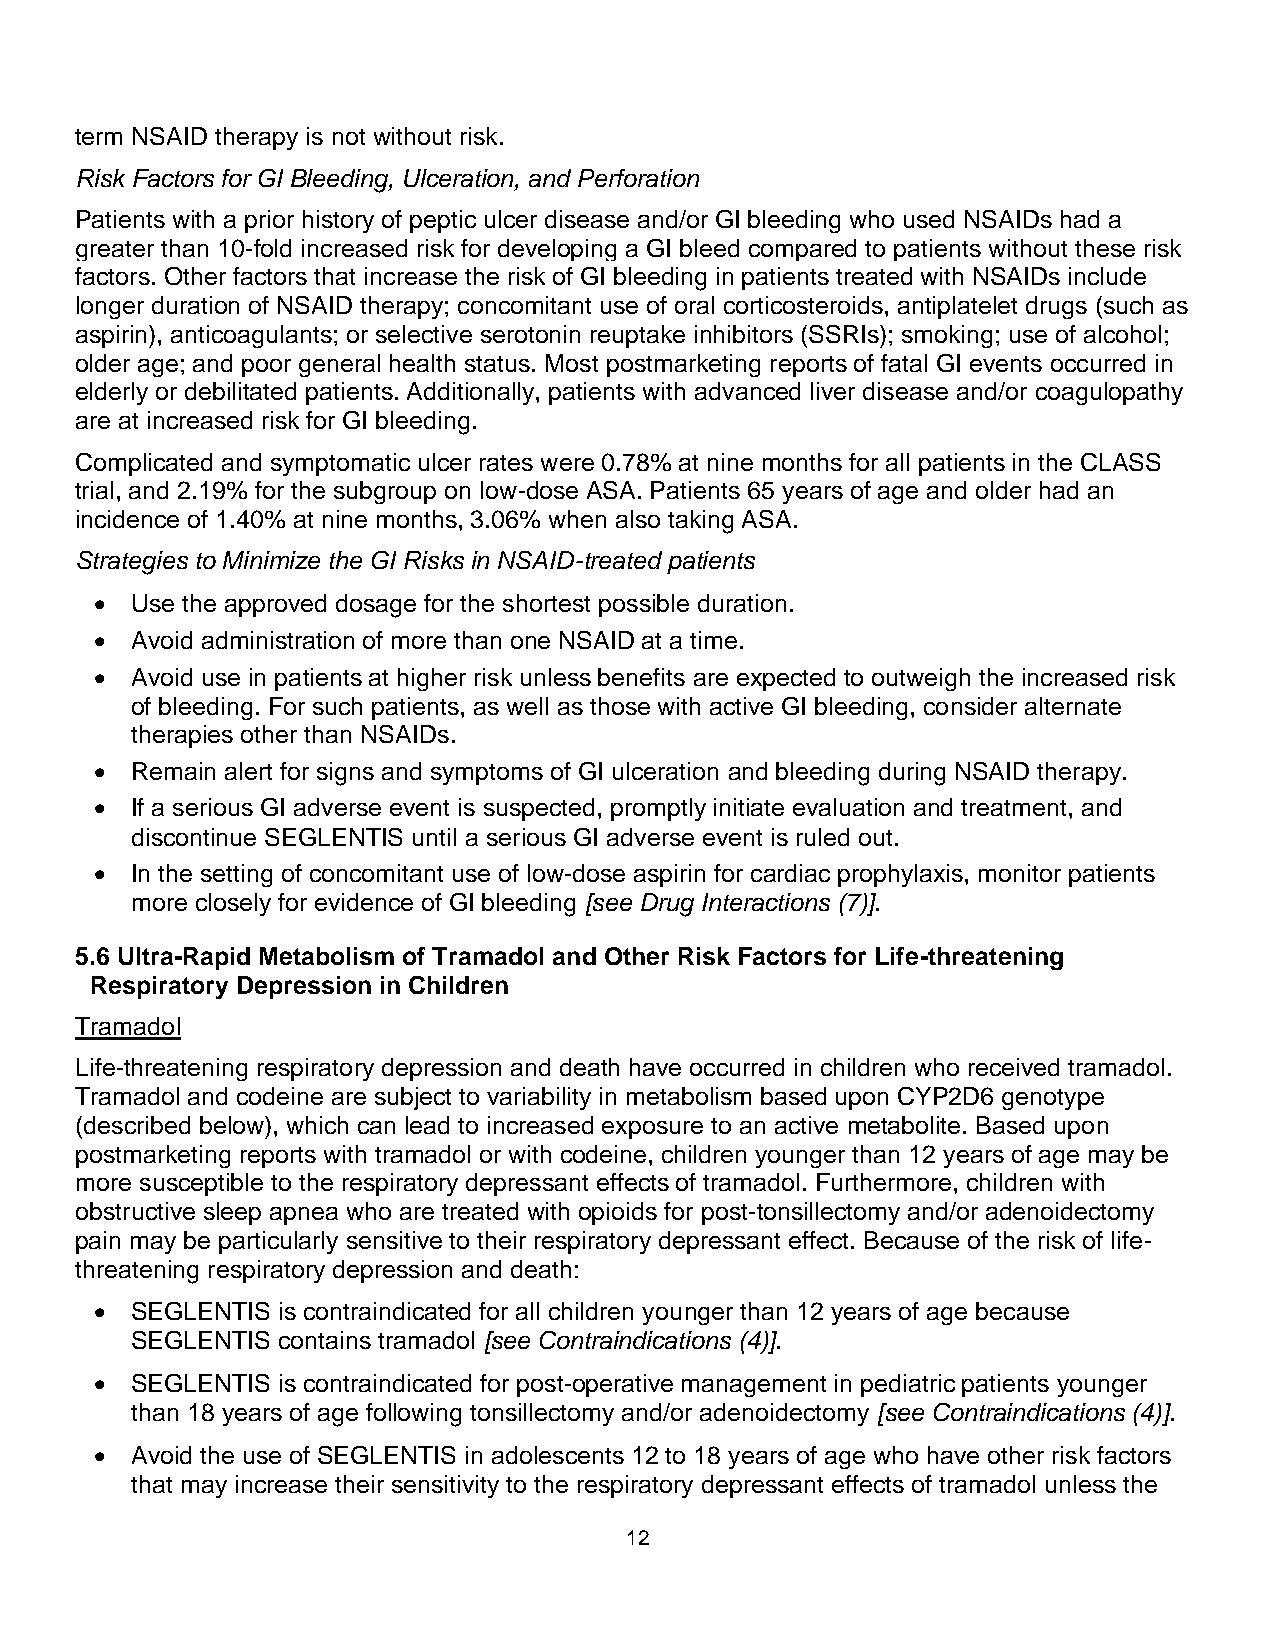
term NSAID therapy is not without risk.
 Risk Factors for GI Bleeding, Ulceration, and Perforation
 Patients with a prior history of peptic ulcer disease and/or GI bleeding who used NSAIDs had a
 greater than 10-fold increased risk for developing a GI bleed compared to patients without these risk
 factors. Other factors that increase the risk of GI bleeding in patients treated with NSAIDs include
 longer duration of NSAID therapy; concomitant use of oral corticosteroids, antiplatelet drugs (such as
 aspirin), anticoagulants; or selective serotonin reuptake inhibitors (SSRIs); smoking; use of alcohol;
 older age; and poor general health status. Most postmarketing reports of fatal GI events occurred in
 elderly or debilitated patients. Additionally, patients with advanced liver disease and/or coagulopathy
 are at increased risk for GI bleeding.
 Complicated and symptomatic ulcer rates were 0.78% at nine months for all patients in the CLASS
 trial, and 2.19% for the subgroup on low-dose ASA. Patients 65 years of age and older had an
 incidence of 1.40% at nine months, 3.06% when also taking ASA.
 Strategies to Minimize the GI Risks in NSAID-treated patients
 •  Use the approved dosage for the shortest possible duration.
 •  Avoid administration of more than one NSAID at a time.
 •  Avoid use in patients at higher risk unless benefits are expected to outweigh the increased risk
 of bleeding. For such patients, as well as those with active GI bleeding, consider alternate
 therapies other than NSAIDs.
 •  Remain alert for signs and symptoms of GI ulceration and bleeding during NSAID therapy.
 •  If a serious GI adverse event is suspected, promptly initiate evaluation and treatment, and
 discontinue SEGLENTIS until a serious GI adverse event is ruled out.
 •  In the setting of concomitant use of low-dose aspirin for cardiac prophylaxis, monitor patients
 more closely for evidence of GI bleeding [see Drug Interactions (7)].
 5.6 Ultra-Rapid Metabolism of Tramadol and Other Risk Factors for Life-threatening
 Respiratory Depression in Children
 Tramadol
 Life-threatening respiratory depression and death have occurred in children who received tramadol.
 Tramadol and codeine are subject to variability in metabolism based upon CYP2D6 genotype
 (described below), which can lead to increased exposure to an active metabolite. Based upon
 postmarketing reports with tramadol or with codeine, children younger than 12 years of age may be
 more susceptible to the respiratory depressant effects of tramadol. Furthermore, children with
 obstructive sleep apnea who are treated with opioids for post-tonsillectomy and/or adenoidectomy
 pain may be particularly sensitive to their respiratory depressant effect. Because of the risk of life-
 threatening respiratory depression and death:
 •  SEGLENTIS is contraindicated for all children younger than 12 years of age because
 SEGLENTIS contains tramadol [see Contraindications (4)].
 •  SEGLENTIS is contraindicated for post-operative management in pediatric patients younger
 than 18 years of age following tonsillectomy and/or adenoidectomy [see Contraindications (4)].
 •  Avoid the use of SEGLENTIS in adolescents 12 to 18 years of age who have other risk factors
 that may increase their sensitivity to the respiratory depressant effects of tramadol unless the
 12